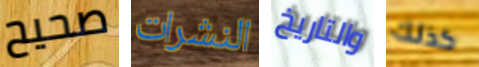
صحيح النشرات والتاريخ كذلك